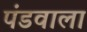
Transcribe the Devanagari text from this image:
पंडवाला